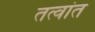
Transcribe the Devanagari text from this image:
तत्वांत